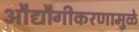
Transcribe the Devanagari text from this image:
औद्यौगीकरणामुळे